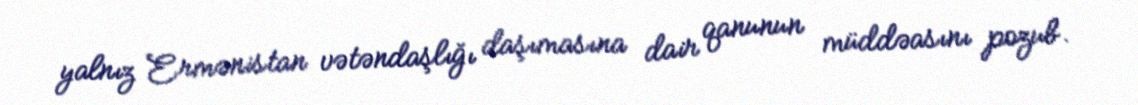
yalnız Ermənistan vətəndaşlığı daşımasına dair qanunun müddəasını pozub.